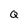
Character: Q